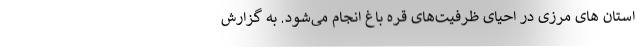
استان های مرزی در احیای ظرفیت‌های قره باغ انجام می‌شود. به گزارش